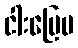
ငါးပြေမ